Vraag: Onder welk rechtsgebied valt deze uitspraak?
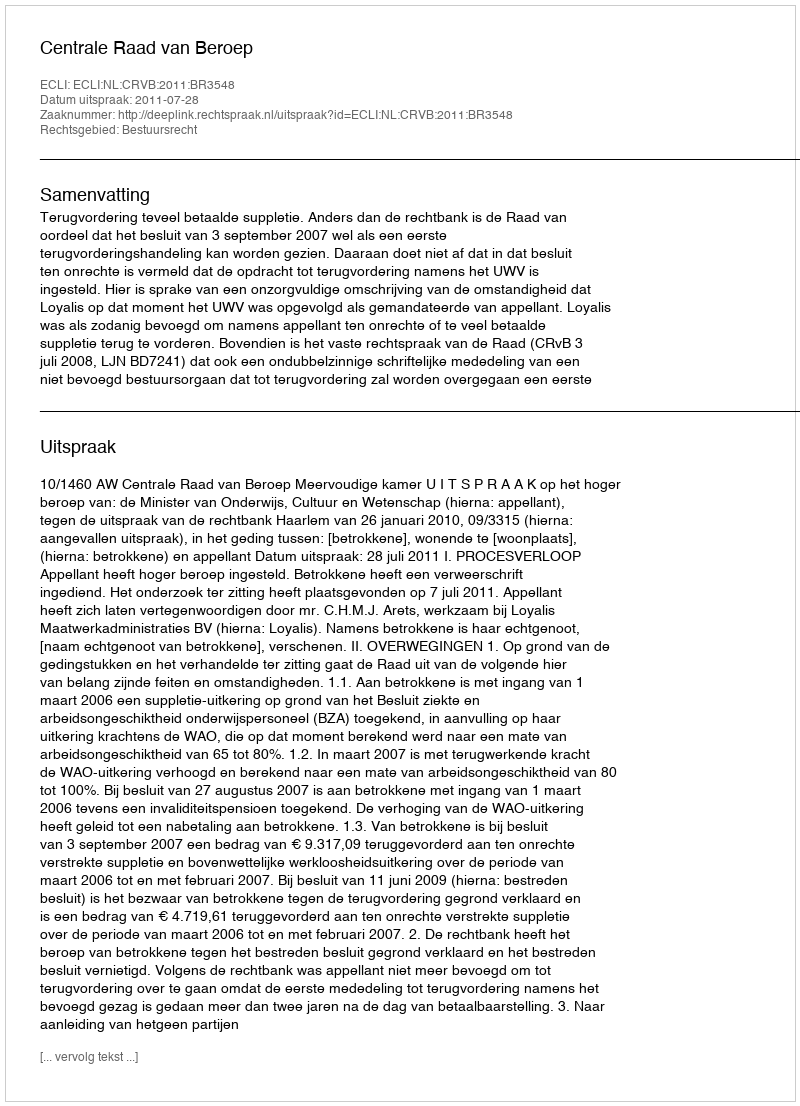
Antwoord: Bestuursrecht